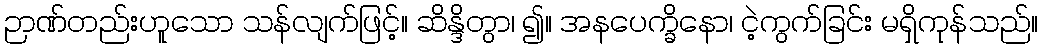
ဉာဏ်တည်းဟူသော သန်လျက်ဖြင့်။ ဆိန္ဒိတွာ၊ ၍။ အနပေက္ခိနော၊ ငဲ့ကွက်ခြင်း မရှိကုန်သည်။